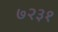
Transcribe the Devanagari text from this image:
७२३१